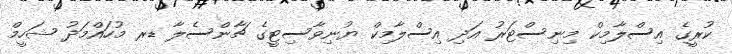
ކުރީގެ އިސްލާމިކް މިނިސްޓަރު އަދި އިސްލާމިކް ޔުނިވާސިޓީގެ ޗާންސެލާ ޑރ މުހައްމަދު ޝަހީމް